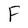
Character: F